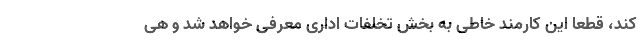
کند، قطعا این کارمند خاطی به بخش تخلفات اداری معرفی خواهد شد و هی